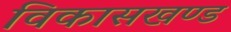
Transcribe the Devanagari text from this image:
विकासखण्‍ड